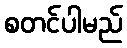
စတင်ပါမည်